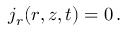
j _ { r } ( r , z , t ) = 0 \, .